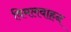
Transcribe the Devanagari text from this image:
विमलवाहन